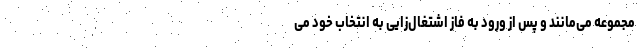
مجموعه می‌مانند و پس از ورود به فاز اشتغال‌زایی به انتخاب خود می‌